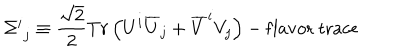
\Sigma _ { \, \, j } ^ { i } \equiv \frac { \sqrt { 2 } } { 2 } T r \left( U ^ { i } \overline { { U } } _ { j } + \overline { { V } } ^ { i } V _ { j } \right) - \mathrm { f l a v o r \ t r a c e }